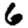
Digit: 6